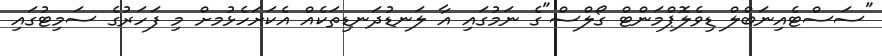
"ސަސްޓެއިނަބްލް ޑިވެލޮޕްމަންޓް ގޯލްސް"ގެ ނަމުގައި އާ ލަނޑުދަނޑިތަކެއް އެކަށަހެޅުމށް މި ފަހަރުގެ ސަމިޓުގައި